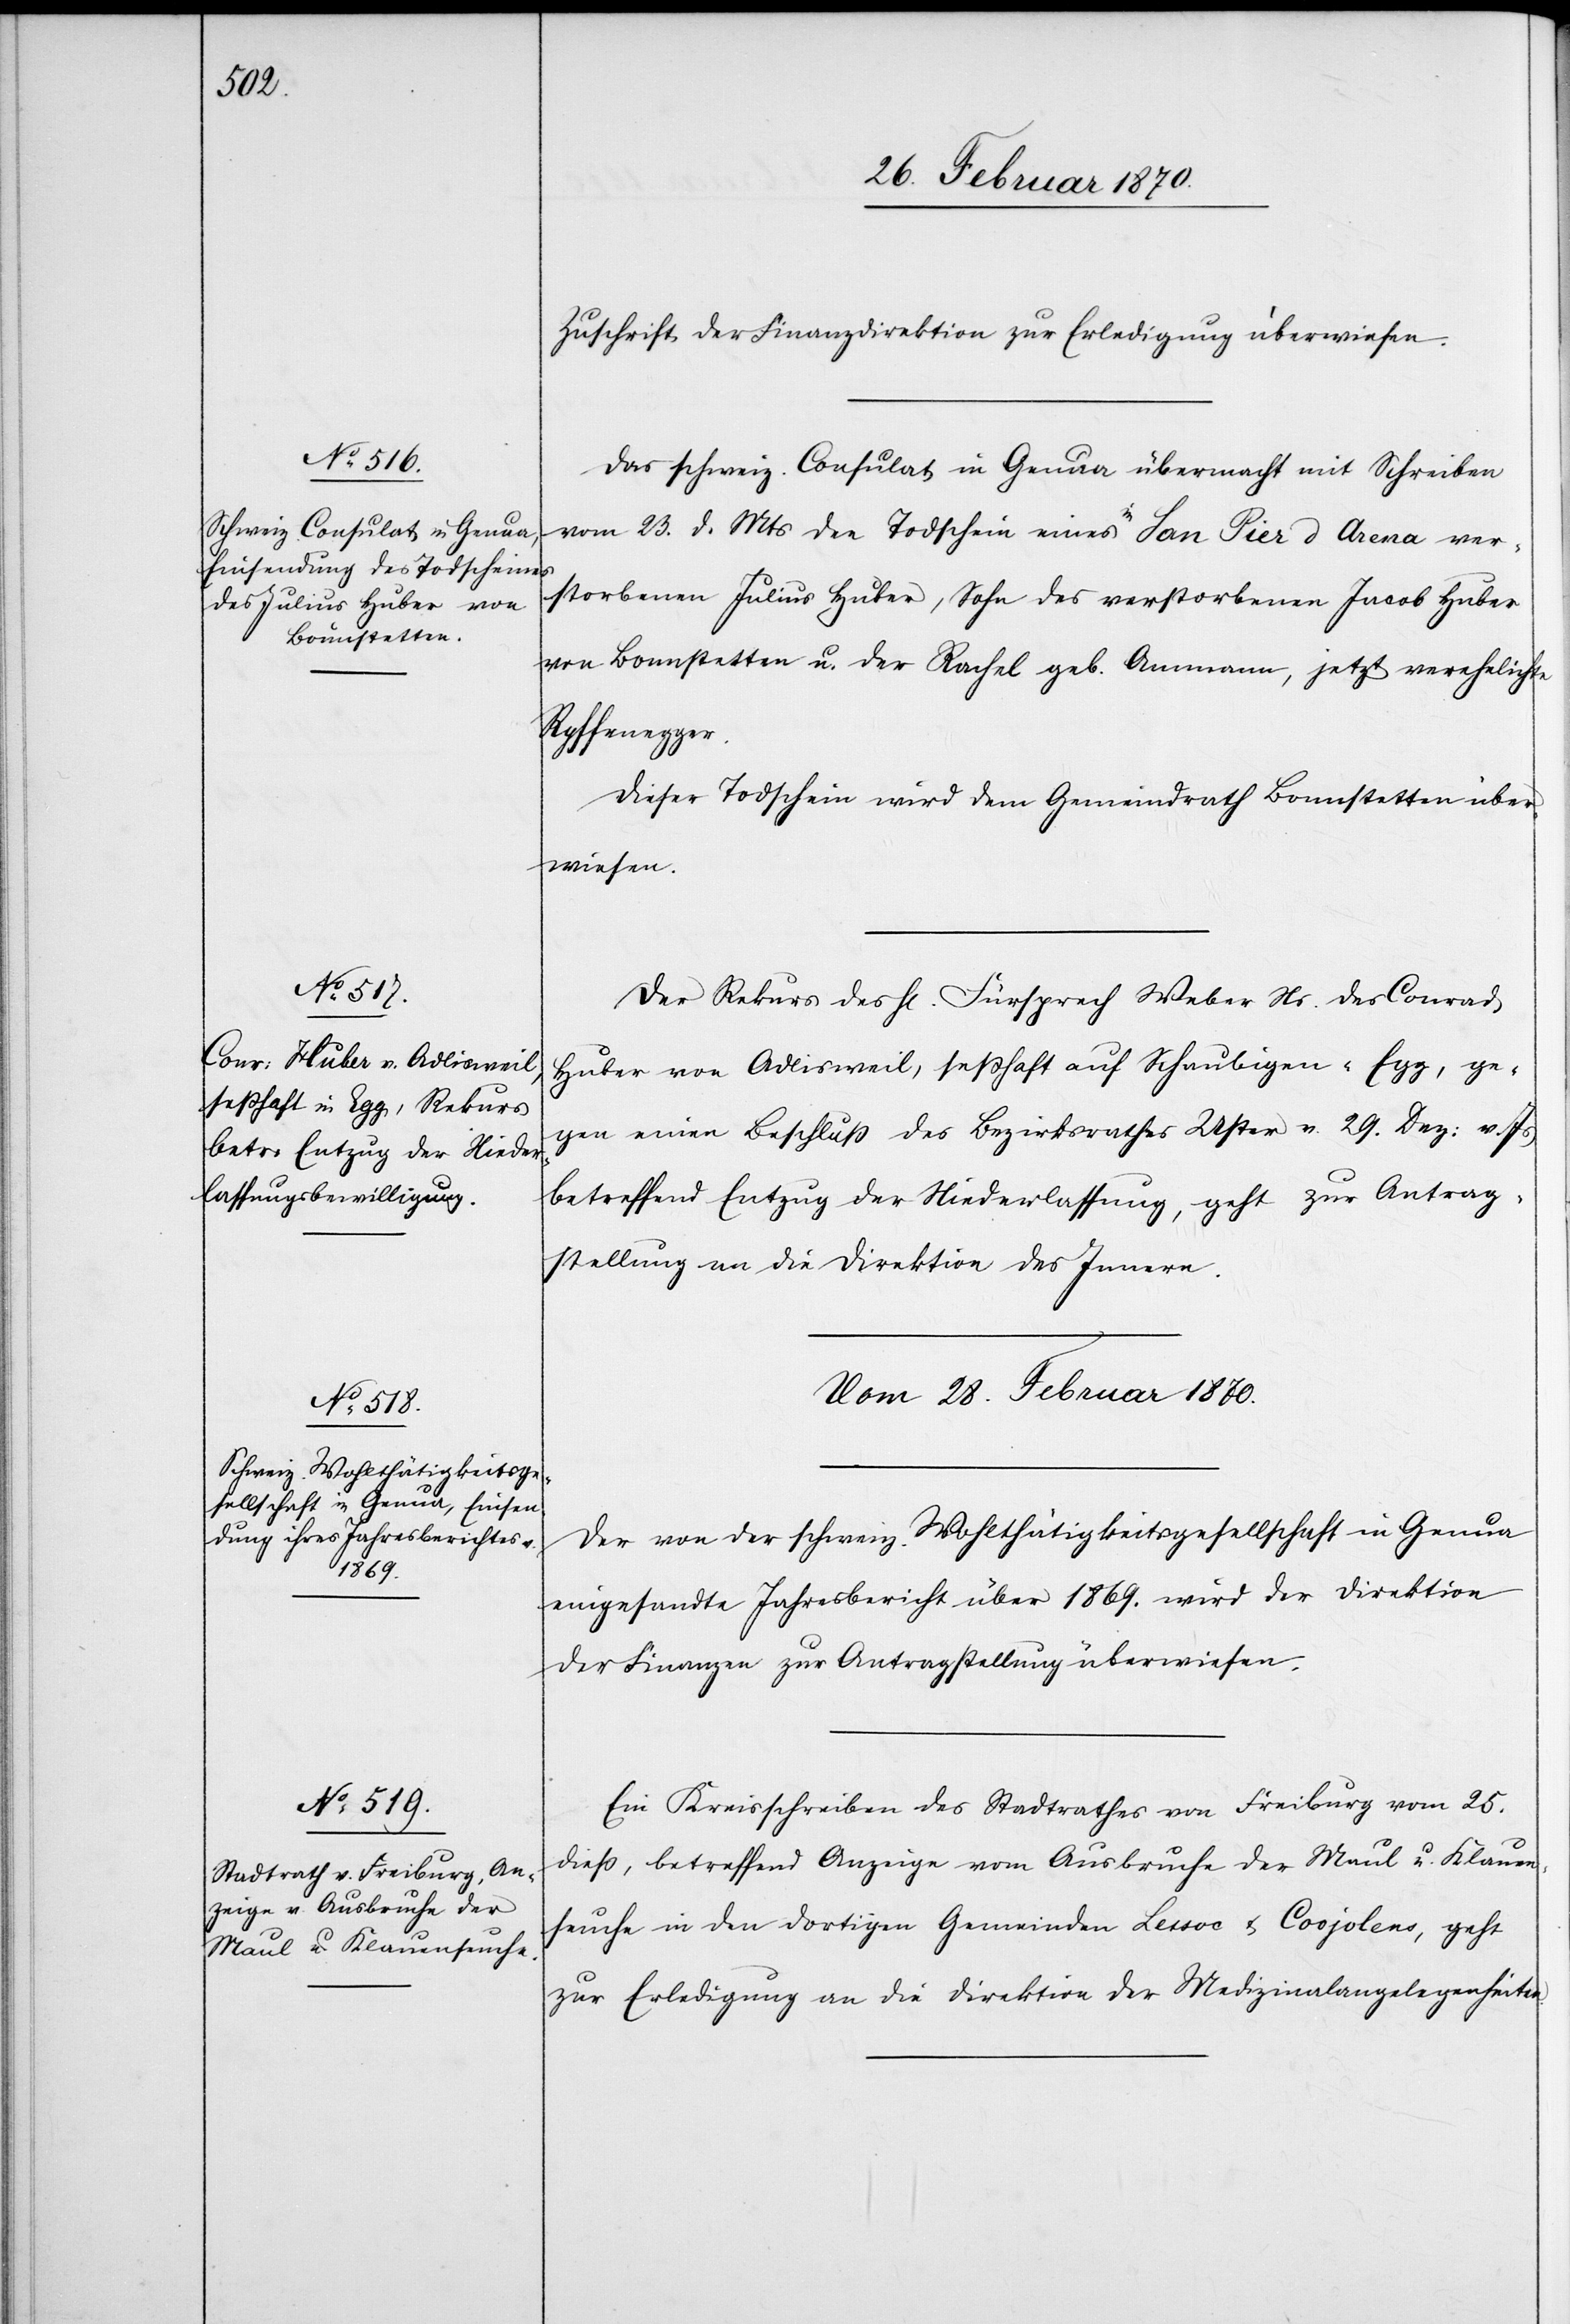
26. Februar 1870.]
Zuschrift der Finanzdirektion zur Erledigung überwiesen.
Das schweiz. Consulat in Genua übermacht mit Schreiben
vom 23. d. Mts den Todschein eines a-in-a San Pier d Arena ver¬
storbenen Julius Huber, Sohn des verstorbenen Jacob Huber
von Bonnstetten u. der Rachel geb. Ammann, jetzt verehelichte
Ryffenegger.
Dieser Todschein wird dem Gemeindrath Bonnstetten über¬
wiesen.
Der Rekurs des H[errn] Fürsprech Weber Ns. des Conrad
Huber von Adlisweil, seßhaft auf Schaubigen-Egg, ge¬
gen einen Beschluß des Bezirksrathes Uster v. 29. Dez: v. Js
betreffend Entzug der Niederlassung, geht zur Antrag¬
stellung an die Direktion des Innern.
Vom 28. Februar 1870.]
Der von der schweiz. Wohlthätigkeitsgesellschaft in Genua
eingesandte Jahresbericht über 1869. wird der Direktion
der Finanzen zur Antragstellung überwiesen.
Ein Kreisschreiben des Stadtrathes von Freiburg vom 25.
dieß, betreffend Anzeige vom Ausbruche der Maul u. Klauen¬
seuche in den dortigen Gemeinden Lessoc & Corjolens, geht
zur Erledigung an die Direktion der Medizinalangelegenheiten.